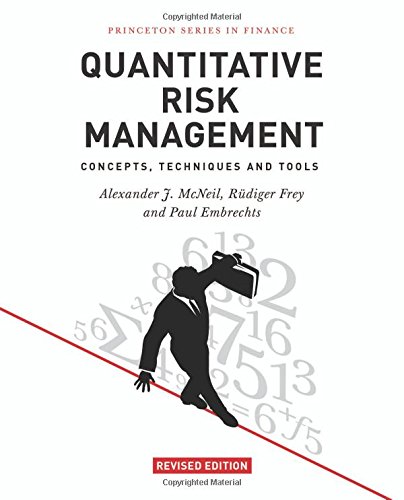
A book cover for Quantitative Risk Management: Concepts, Techniques and Tools (Princeton Series in Finance); Alexander J. McNeil; Science & Math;